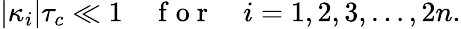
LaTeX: |\kappa_{i}|\tau_{c}\ll 1\quad\mathrm{~f~o~r~}\quad i=1,2,3,\ldots,2n.